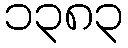
၁၃၈၃